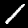
Digit: 1